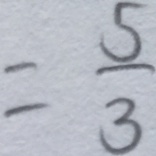
= \frac { 5 } { 3 }